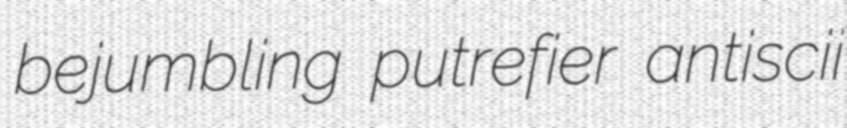
bejumbling putrefier antiscii